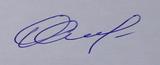
Signature authenticity: genuine